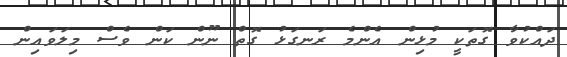
ދައްކުވާ ގޮތަކީ މުޅިން އެންމެ ރަނގަޅު ގޮތް ނޫން ކަން ވެސް މިލަވައިން